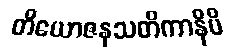
တိယောဇနသတိကာနိပိ